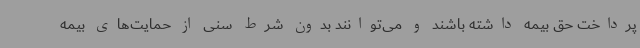
پرداخت حق بیمه داشته باشند و می‌توانند بدون شرط سنی از حمایت‌های بیمه